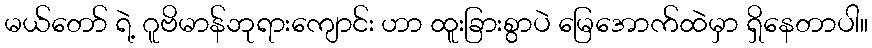
မယ်တော် ရဲ့ ဂူဗိမာန်ဘုရားကျောင်း ဟာ ထူးခြားစွာပဲ မြေအောက်ထဲမှာ ရှိနေတာပါ။